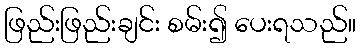
ဖြည်းဖြည်းချင်း စမ်း၍ ပေးရသည်။